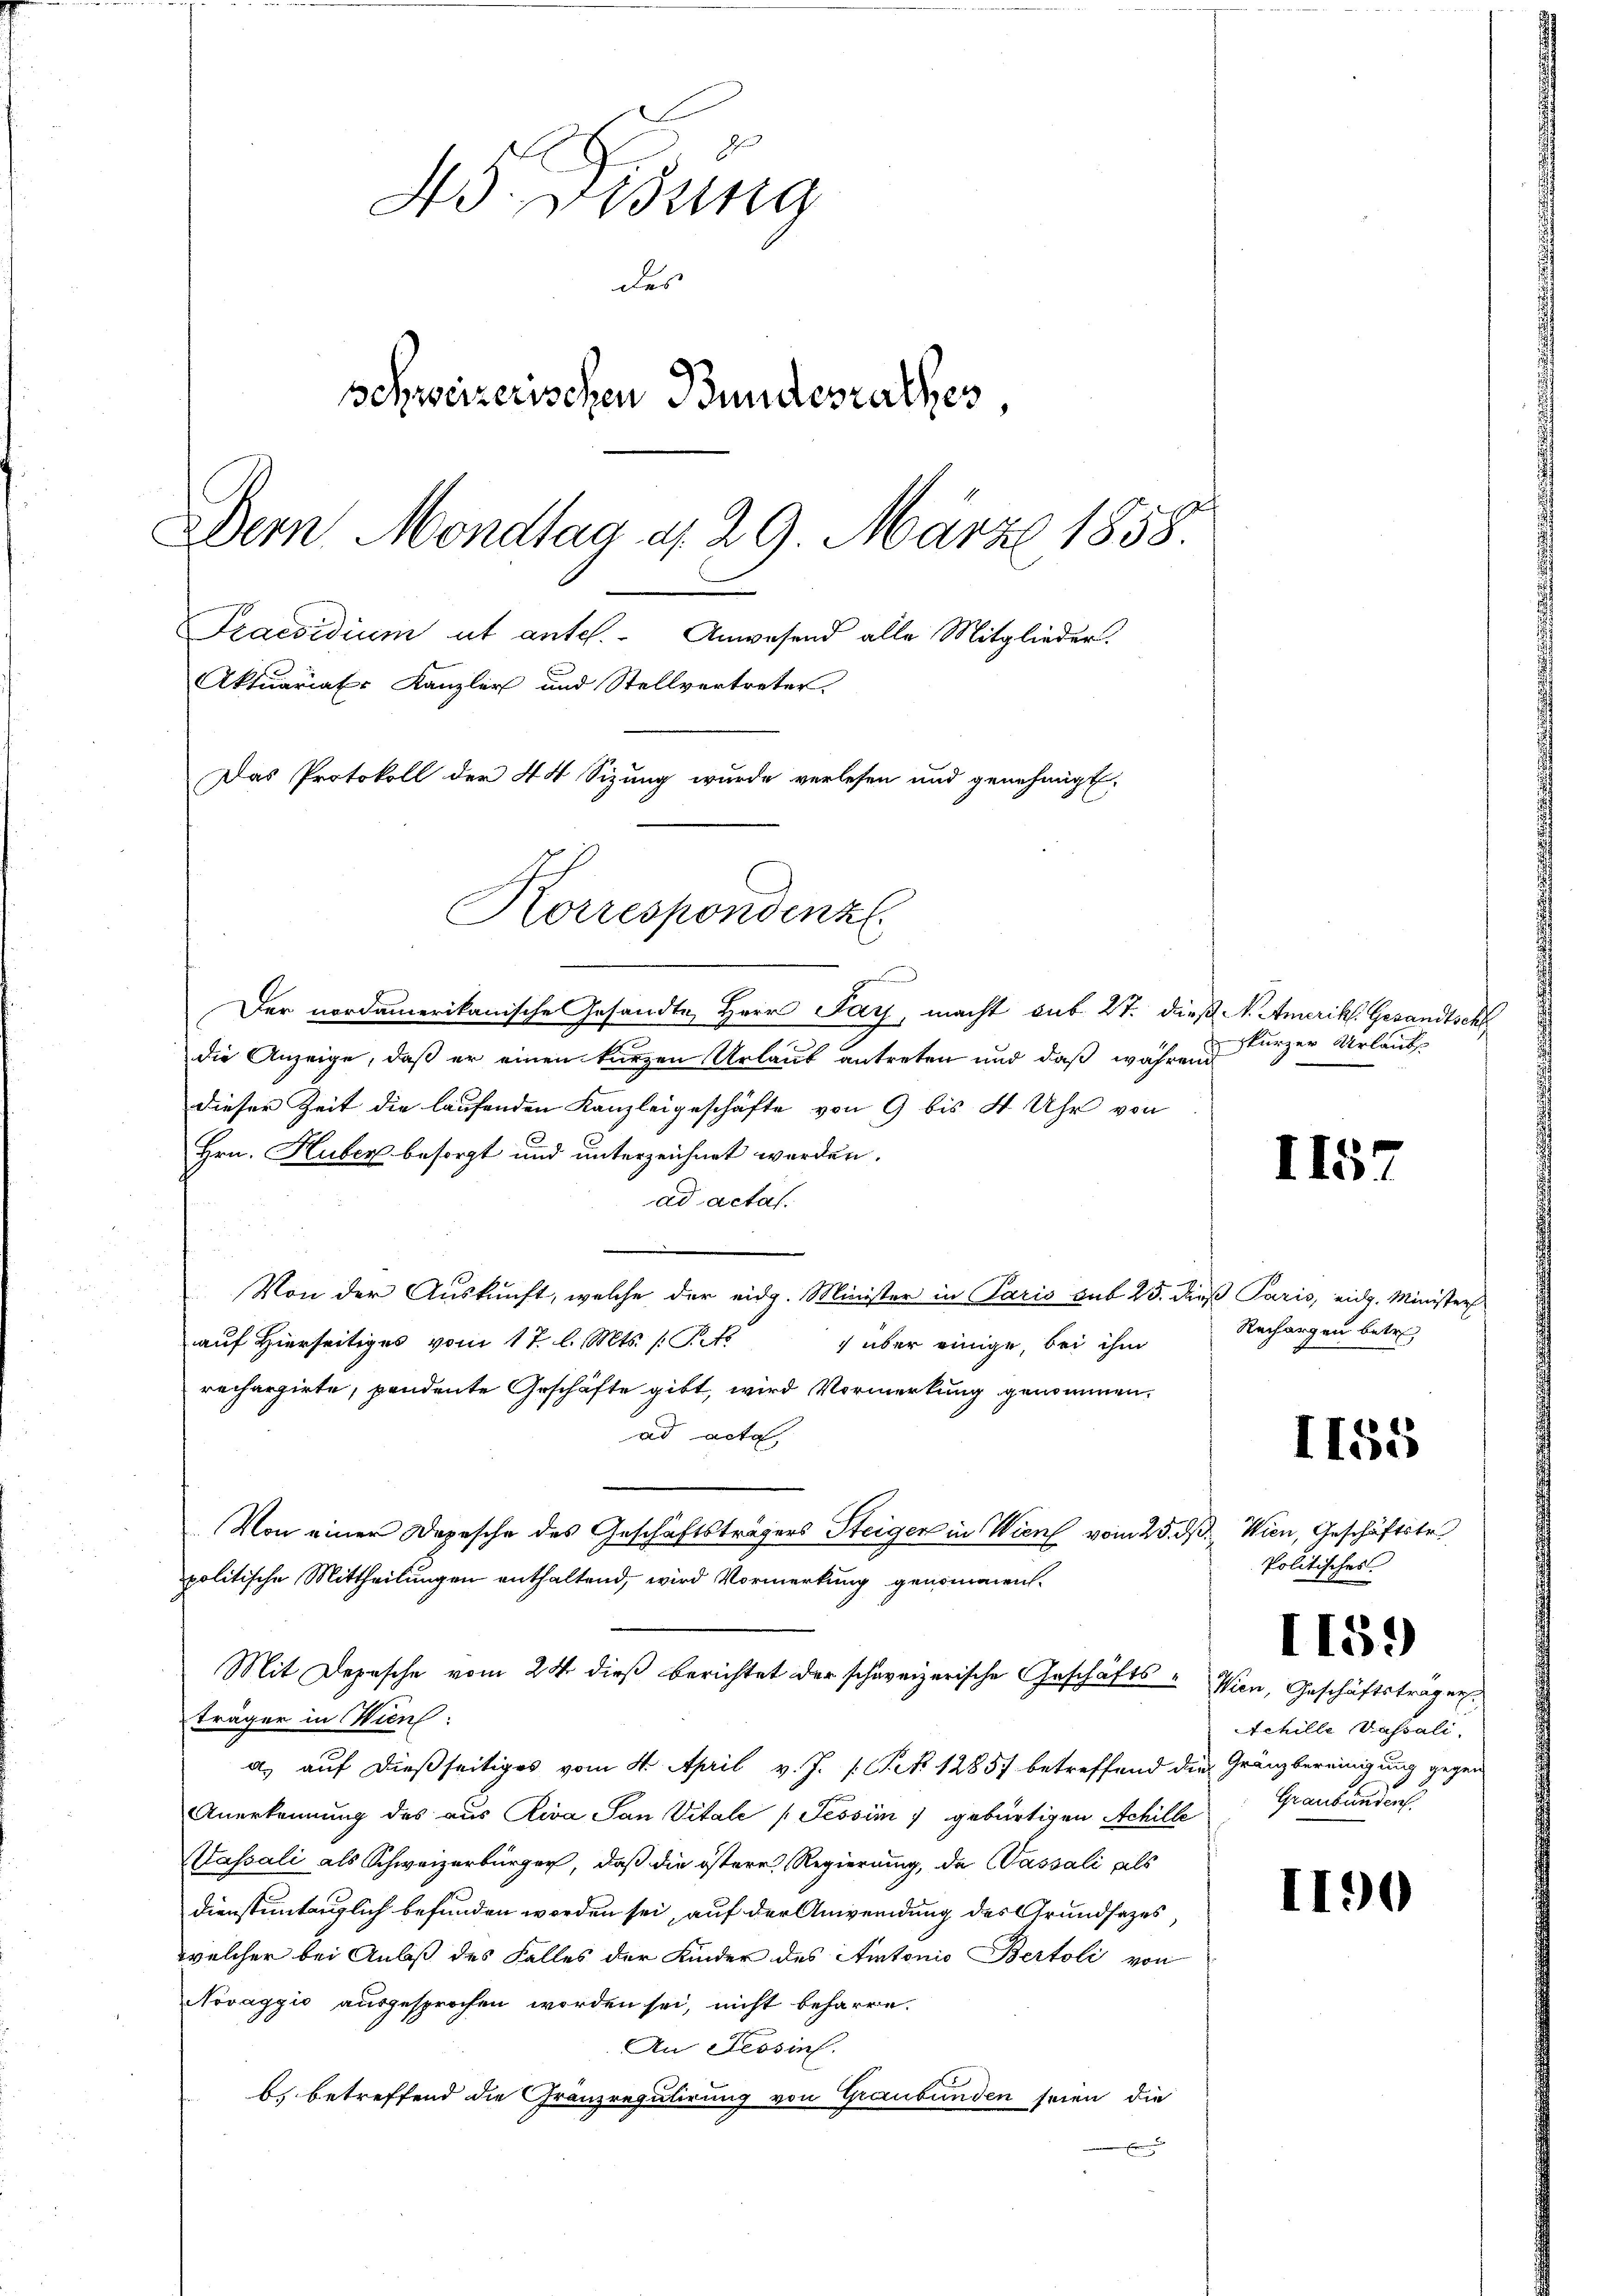
45. Gesung
Behweizerischen Bundesrathes,
Dern Mondtag d. 29. März 1858.
Praesidium ut antel. Anwesend alle Mitglieder.
Aktuariat Kanzler und Stellvertreter
Das Protokoll der 44 Sizung wurde verlesen und genehmigt,

Korrespondenz

des

Der nordamerikanische Gesandte Herr Pays, macht sub 27. dieß A. Amerikl. Gesandtschl
die Anzeige, daß er einen kurzen Urlaub antreten und daß während
dieser Zeit die laufenden Kanzleigeschäfte von 9 bis 4 Uhr von
Hrn. Huber besorgt und unterzeichnet werden.
ad actas.
Von der Auskunft, welche der eidg. Minister in Paris sub 25. dieß Paris, eidg. Minister
auf Hierseitiges vom 17. l. Mts. (T.1
 über einige, bei ihm
rechargirte, pendente Geschäfte gibt, wird Vormerkung genommen.
ad acta
Von einer Depesche des Geschäftsträgers Steigen in Wien vom 25. ds. Wien, Geschäftstr
politische Mittheilungen enthaltend, wird Vormerkung genommen.
Mit Depesche vom 24. dieß berichtet der schweizerische Geschäfts - Wien, Geschäftsträgen
träger in Wien:
a, auf dießseitiges vom 4. April v. J. P. Frk. 12857 betreffend die Gränzbereinigung gegen
Anerkennung des aus Riva San Vitale (Tessim  gebürtigen Achille
Passali als Schweizerbürger, daß die östere Regierung, da Cassali als
dienstuntauglich befunden worden sei, auf der Anwendung des Grundsazes,
welcher bei Anlaß des Falles der Kinder des Autonio Bertoli von
Novaggio ausgesprochen worden sei, nicht beharre.
An Tessin.
b. betreffend die Gränzregulirung von Graubünden seien die
E

kurzer Urlaubs

1157

Rechargen betre

II55

Politisches.

I159

Schille Passali
Graubünden.

1190